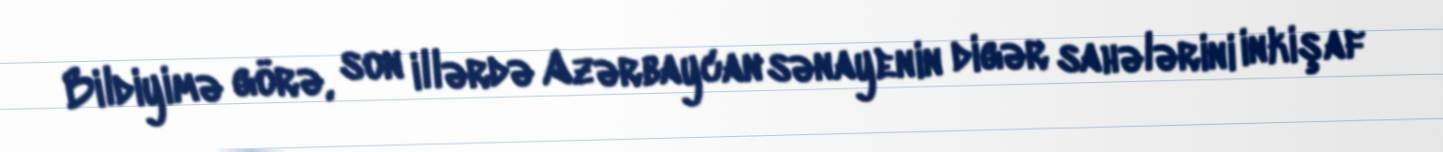
Bildiyimə görə, son illərdə Azərbaycan sənayenin digər sahələrini inkişaf